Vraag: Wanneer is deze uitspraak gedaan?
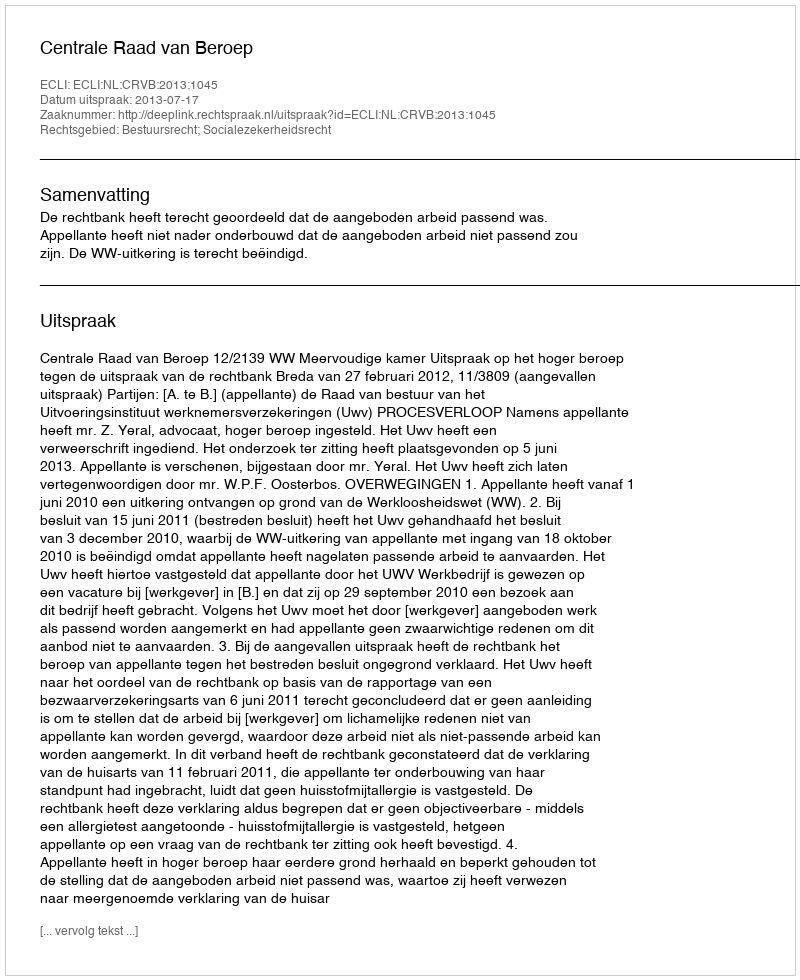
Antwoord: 2013-07-17